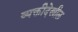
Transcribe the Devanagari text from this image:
व्यक्तीदेखील